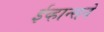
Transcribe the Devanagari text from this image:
ईव्हान्सने